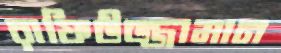
রাফিউজ্জামান